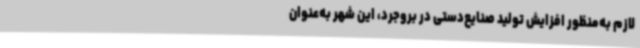
لازم به‌منظور افزایش تولید صنایع‌دستی در بروجرد، این شهر به‌عنوان